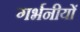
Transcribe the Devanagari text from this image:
गर्भनीयों